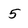
Character: 5